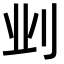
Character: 𫥺